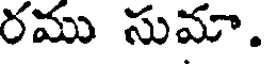
రము సుమా.